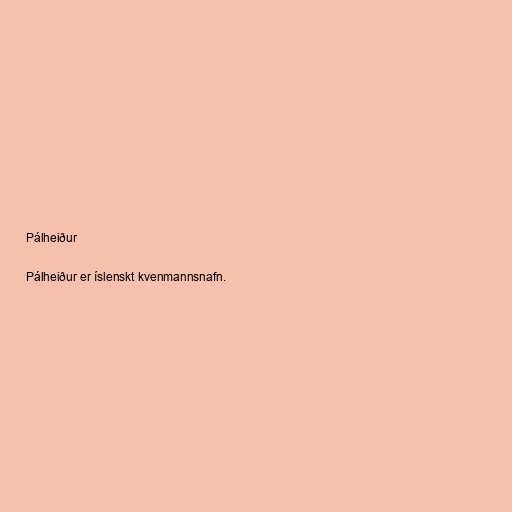
Pálheiður

Pálheiður er íslenskt kvenmannsnafn.